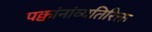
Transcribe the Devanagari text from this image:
पक्वांनांव्यतिरिक्त